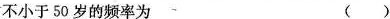
不小于50岁的频率为 ()